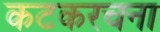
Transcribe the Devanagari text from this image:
कटकरचना